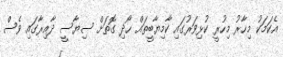
އެކަމަކު މިހާރު މިހުރީ ކުޅިވަރުގައި ކާމިޔާބީތައް ހޯދި ގޮތަށް ސިޔާސީ ދާއިރާގައި ވެސް